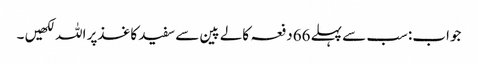
جواب:سب سے پہلے 66دفعہ کالے پین سے سفید کاغذپر اللہ لکھیں ۔